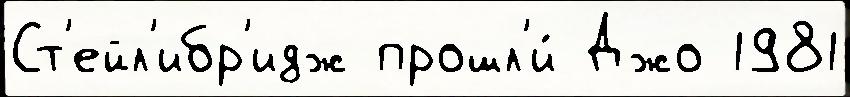
Ст'ейл'ибр'идж прошл'и́ Джо 1981